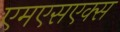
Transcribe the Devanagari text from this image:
एमएसएक्स